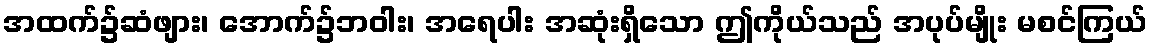
အထက်၌ဆံဖျား၊ အောက်၌ဘဝါး၊ အရေပါး အဆုံးရှိသော ဤကိုယ်သည် အပုပ်မျိုး မစင်ကြယ်